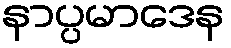
နာပ္ပမာဒေန